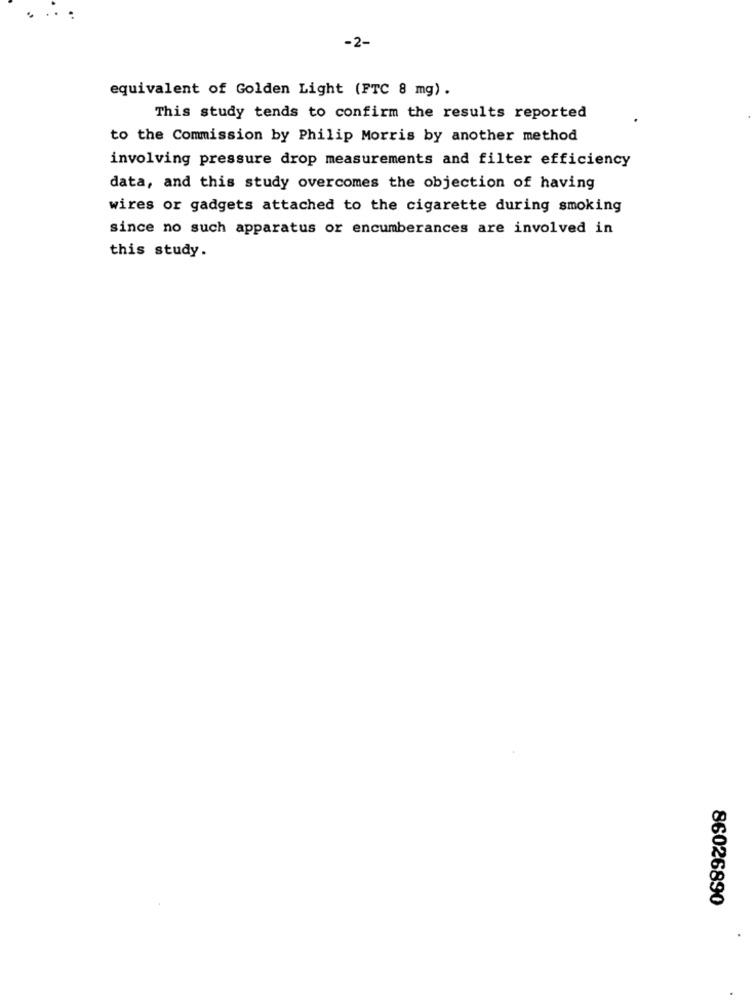
-2-
equivalent of Golden Light (FTC 8 mg).
This study tends to confirm the results reported
to the Commission by Philip Morris by another method
involving pressure drop measurements and filter efficiency
data, and this study overcomes the objection of having
wires or gadgets attached to the cigarette during smoking
since no such apparatus or encumberances are involved in
this study.
86026890